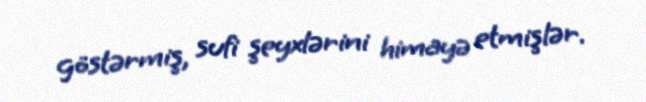
göstərmiş, sufi şeyxlərini himayə etmişlər.